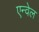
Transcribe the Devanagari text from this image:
एन्वेल